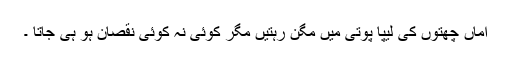
اماں چھتوں کی لیپا پوتی میں مگن رہتیں مگر کوئی نہ کوئی نقصان ہو ہی جاتا ۔